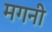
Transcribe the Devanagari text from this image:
मगनी